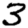
Digit: 3